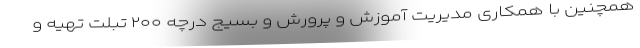
همچنین با همکاری مدیریت آموزش و پرورش و بسیج درچه ۲۰۰ تبلت تهیه و